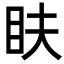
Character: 𥄑